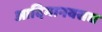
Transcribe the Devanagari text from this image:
आदिमानवसद्य